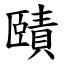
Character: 賾